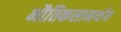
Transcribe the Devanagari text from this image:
भौतिकसामर्थय